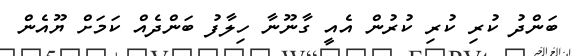
ބަންދު ކުރި ކުރި ކުރުން އެއީ ގާނޫނާ ހިލާފު ބަންދެއް ކަަމަށް ޔޫއެން